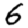
Digit: 6